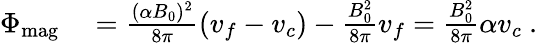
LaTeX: \begin{array}{rl}{\Phi_{\textrm{mag}}}&{{}=\frac{(\alpha B_{0})^{2}}{8\pi}(v_{f}-v_{c})-\frac{B_{0}^{2}}{8\pi}v_{f}=\frac{B_{0}^{2}}{8\pi}\alpha v_{c}\ .}\end{array}